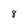
Character: 8